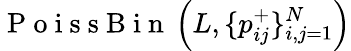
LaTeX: \mathrm{~P~o~i~s~s~B~i~n~}\left(L,\{ p_{ij}^{+}\} _{i,j=1}^{N}\right)